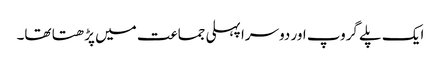
ایک پلے گروپ اور دوسرا پہلی جماعت میں پڑھتا تھا۔